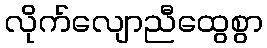
လိုက်လျောညီထွေစွာ